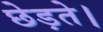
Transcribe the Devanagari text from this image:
छेड़ते।